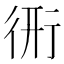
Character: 𧗦